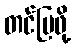
တင်ပြဖို့